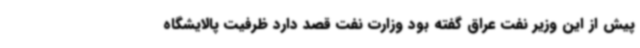
پیش از این وزیر نفت عراق گفته بود وزارت نفت قصد دارد ظرفیت پالایشگاه